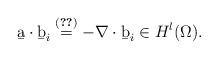
LaTeX: \begin{align*}\b a\cdot\b b_i\stackrel{\eqref{eq:KerLMu2}}{=}-\nabla\cdot\b b_i\in H^{l}(\Omega).\end{align*}